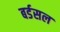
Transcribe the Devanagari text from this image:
बर्डसल